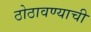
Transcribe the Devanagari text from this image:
ठोठावण्याची